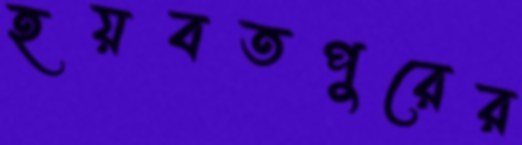
হয়বতপুরের